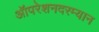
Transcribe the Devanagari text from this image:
ऑपरेशनदरम्यान